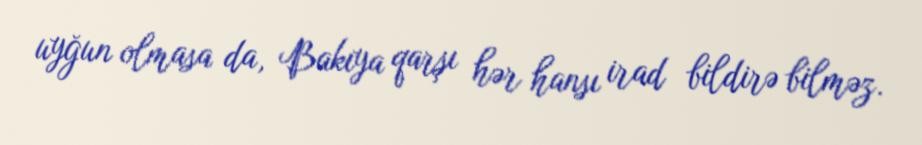
uyğun olmasa da, Bakıya qarşı hər hansı irad bildirə bilməz.